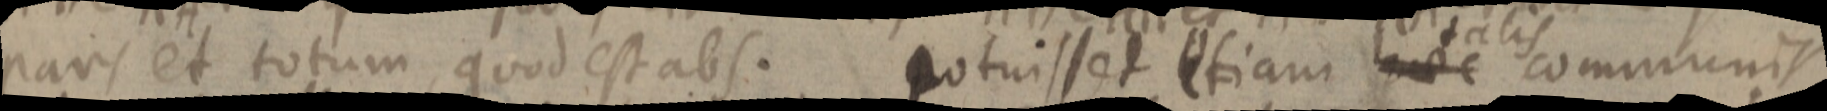
pars et totum, quod est abs. potuisset etiam nec talis communis